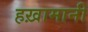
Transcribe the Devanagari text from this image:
हख़ामानी